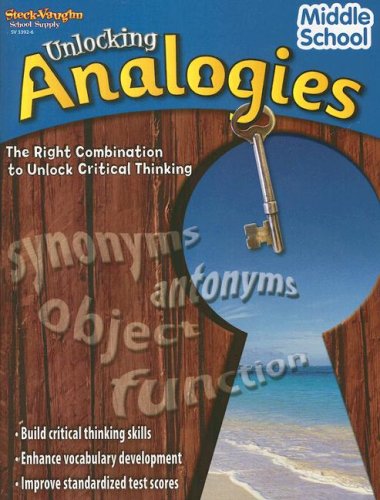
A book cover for Unlocking Analogies: Reproducible Middle School; STECK-VAUGHN; Reference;